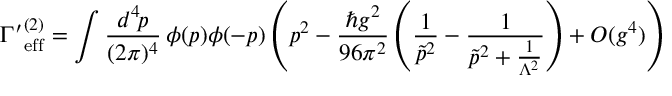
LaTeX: { \Gamma ^ { \prime } } _ { \mathrm { e f f } } ^ { { ( 2 ) } } = \int \frac { d ^ { 4 } \! p } { ( 2 \pi ) ^ { 4 } } \, \phi ( p ) \phi ( - p ) \left( p ^ { 2 } - \frac { \hbar g ^ { 2 } } { 9 6 \pi ^ { 2 } } \left( \frac { 1 } { \tilde { p } ^ { 2 } } - \frac { 1 } { \tilde { p } ^ { 2 } + \frac { 1 } { \Lambda ^ { 2 } } } \right) + O ( g ^ { 4 } ) \right)